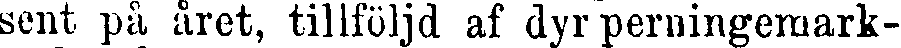
sent på året, tillföljd af dyr perningemark-